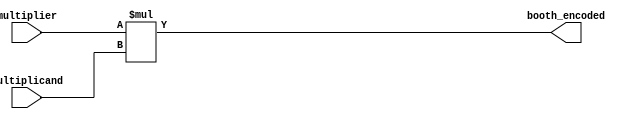
module booth_encoder(
    input [7:0] multiplier,
    input [7:0] multiplicand,
    output reg [15:0] booth_encoded
    );
    
    always @(*) begin
        booth_encoded = multiplier * multiplicand;
    end
endmodule